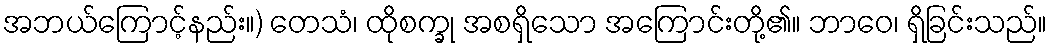
အဘယ်ကြောင့်နည်း။) တေသံ၊ ထိုစက္ခု အစရှိသော အကြောင်းတို့၏။ ဘာဝေ၊ ရှိခြင်းသည်။